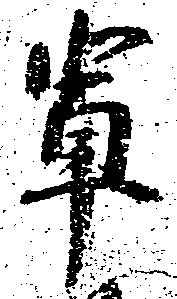
輩